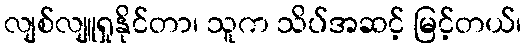
လျစ်လျူရှုနိုင်တာ၊ သူက သိပ်အဆင့် မြင့်တယ်၊